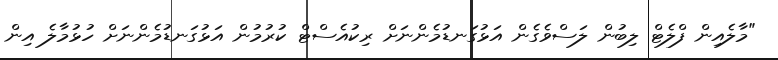
"މާލެއިން ފްލެޓް ލިބުން ލަސްވެގެން އަޅުގަނޑުމެންނަށް ރިކުއެސްޓް ކުރުމުން އަޅުގަނޑުމެންނަށް ހުޅުމާލެ އިން